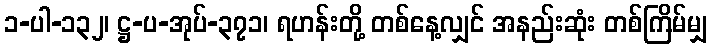
၁-ပါ-၁၃၂၊ ဋ္ဌ-ပ-အုပ်-၃၇၁၊ ရဟန်းတို့ တစ်နေ့လျှင် အနည်းဆုံး တစ်ကြိမ်မျှ